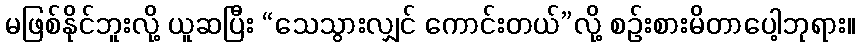
မဖြစ်နိုင်ဘူးလို့ ယူဆပြီး “သေသွားလျှင် ကောင်းတယ်”လို့ စဉ်းစားမိတာပေါ့ဘုရား။